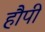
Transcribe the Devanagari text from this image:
हौपी